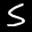
Label: 5